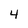
Character: 4